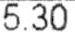
5.30